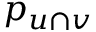
p _ { u \cap v }